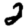
Digit: 2